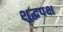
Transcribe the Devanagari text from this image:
शुद्धपक्ष